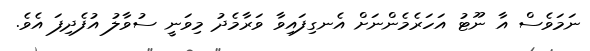
ނަމަވެސް އާ ނޫޓު އަހަރެމެންނަށް އެނގިފައިވާ ވަރާމެދު މިވަނީ ސުވާލު އުފެދިފަ އެވެ.